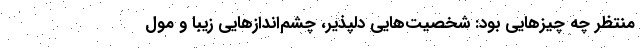
منتظر چه چیزهایی بود: شخصیت‌هایی دلپذیر، چشم‌اندازهایی زیبا و مول